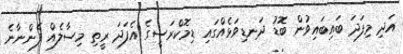
އަދި މިފަދަ ބައިބައިވުން ބޮޑު ދަނޑިވަޅެއްގައި ޑިމޮކްރަސީގެ އެފަދަ ރީތި މިސާލެއް ފެންނާނެ